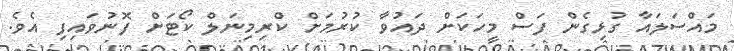
މައްސަލައާ ގުޅިގެން ފަސް މީހަކަށް ދައުވާ ކުރުމަށް ކްރިމިނަލް ކޯޓަށް ފޮނުވައިފި އެވެ.